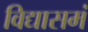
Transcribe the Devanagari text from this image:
विद्यासमं